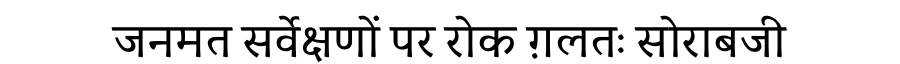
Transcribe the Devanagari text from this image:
जनमत सर्वेक्षणों पर रोक ग़लतः सोराबजी